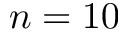
n = 1 0